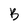
Character: B